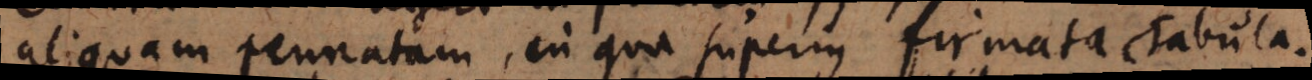
aliquam pennatam, in qua superius firmata Tabula.